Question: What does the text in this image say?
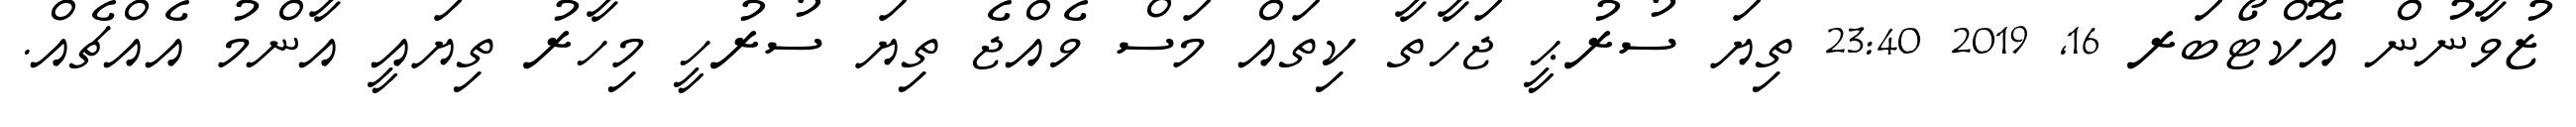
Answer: ޒުވާނުން އޮކްޓޯބަރ 16, 2019 23:40 ތިޔަ ސުރުޙީ ޖަހާތާ ކިތައް މަސް ވެއްޖެ ތިޔަ ސުރުހީ މިހާރު ތިޔައީ އާންމު އެއްޗެއް.